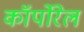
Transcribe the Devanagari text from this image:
कॉर्पोरेल